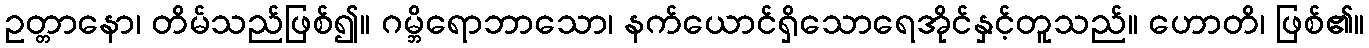
ဥတ္တာနော၊ တိမ်သည်ဖြစ်၍။ ဂမ္ဘိရောဘာသော၊ နက်ယောင်ရှိသောရေအိုင်နှင့်တူသည်။ ဟောတိ၊ ဖြစ်၏။